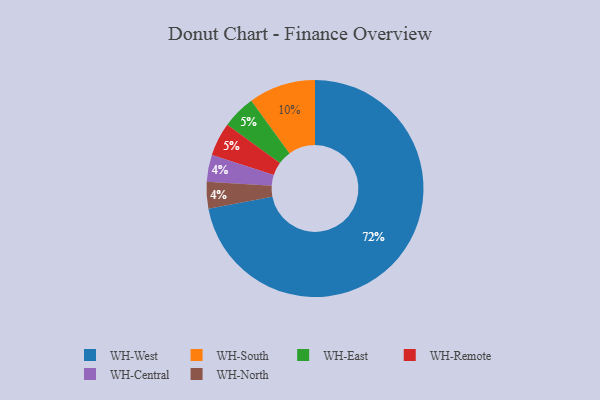
{"axis": {"x": "Category", "y": "Percentage"}, "legend": ["WH-Central", "WH-East", "WH-North", "WH-Remote", "WH-South", "WH-West"], "data": [{"x": "WH-Central", "y": 4, "type": "WH-Central"}, {"x": "WH-North", "y": 4, "type": "WH-North"}, {"x": "WH-South", "y": 10, "type": "WH-South"}, {"x": "WH-East", "y": 5, "type": "WH-East"}, {"x": "WH-West", "y": 72, "type": "WH-West"}, {"x": "WH-Remote", "y": 5, "type": "WH-Remote"}]}